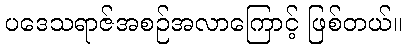
ပဒေသရာဇ်အစဉ်အလာကြောင့် ဖြစ်တယ်။